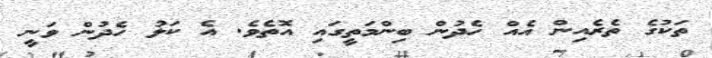
ތަކުގެ ތެރެއިން އެއް ހެދުން ބިންމަތީގައި އޮތެވެ. އެ ކަޅު ހެދުން ވަނީ